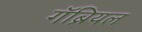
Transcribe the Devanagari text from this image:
गॅब्रियल